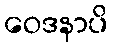
ဝေဒနာပိ